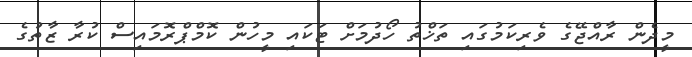
މީދެން ރާއްޖޭގެ ވެރިކަމުގައި ތަޚްތު ހޯދުމަށް ޓަކައި މީހުން ކޮމްޕްރޮމައިސް ކުރާ ޒާތުގެ